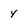
Character: y